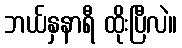
ဘယ်နှနာရီ ထိုးပြီလဲ။